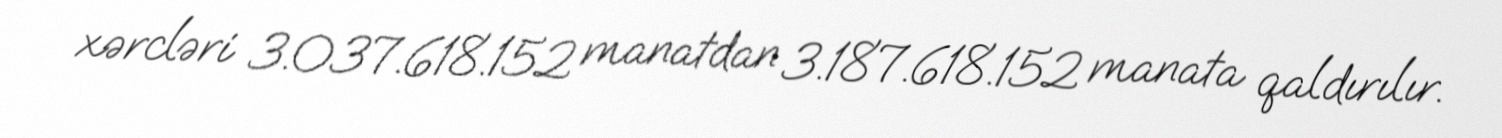
xərcləri 3.037.618.152 manatdan 3.187.618.152 manata qaldırılır.